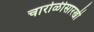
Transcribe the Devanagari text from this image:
चारोळीसारखी